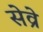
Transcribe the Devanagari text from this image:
सेव्रे